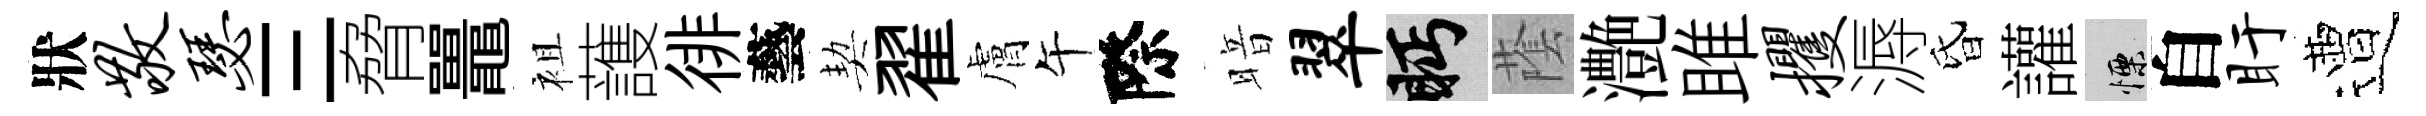
狀敬瑟三脅鼉袓䕶徘藝契翟膚午際暗翠眄䕃灔雎攫溽昏讙慄自盱遭